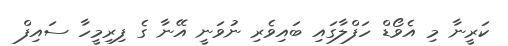
ކަރީނާ މި އެވޯޑް ހަފްލާގައި ބައިވެރި ނުވަނީ އޭނާ ގެ ފިރިމީހާ ސައިފް